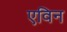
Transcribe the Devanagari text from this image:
एविन